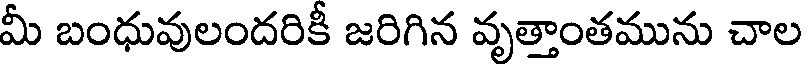
మీ బంధువులందరికీ జరిగిన వృత్తాంతమును చాల